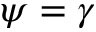
\psi = \gamma